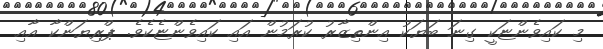
މި ކައިވެންޏަކީ ގިނަ ބަޔަކު އިންތިޒާރު ކުރަމުން އައި ކައިވެންޏެކެވެ. ޕްރިޔަންކާ އާއި